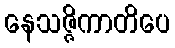
နေသဇ္ဇိကာတိပေ